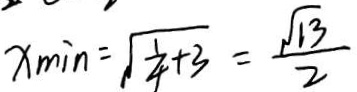
x _ { \min } = \sqrt { \frac { 1 } { 4 } + 3 } = \frac { \sqrt { 1 3 } } { 2 }